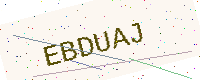
Text: EBDUAJ